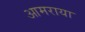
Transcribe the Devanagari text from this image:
आमराया